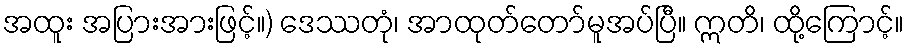
အထူး အပြားအားဖြင့်။) ဒေဿတုံ၊ အာထုတ်တော်မူအပ်ပြီ။ ဣတိ၊ ထို့ကြောင့်။